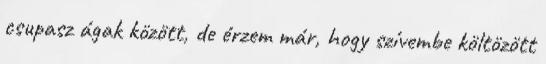
csupasz ágak között, de érzem már, hogy szívembe költözött